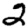
Digit: 2